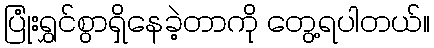
ပြုံးရွှင်စွာရှိနေခဲ့တာကို တွေ့ရပါတယ်။